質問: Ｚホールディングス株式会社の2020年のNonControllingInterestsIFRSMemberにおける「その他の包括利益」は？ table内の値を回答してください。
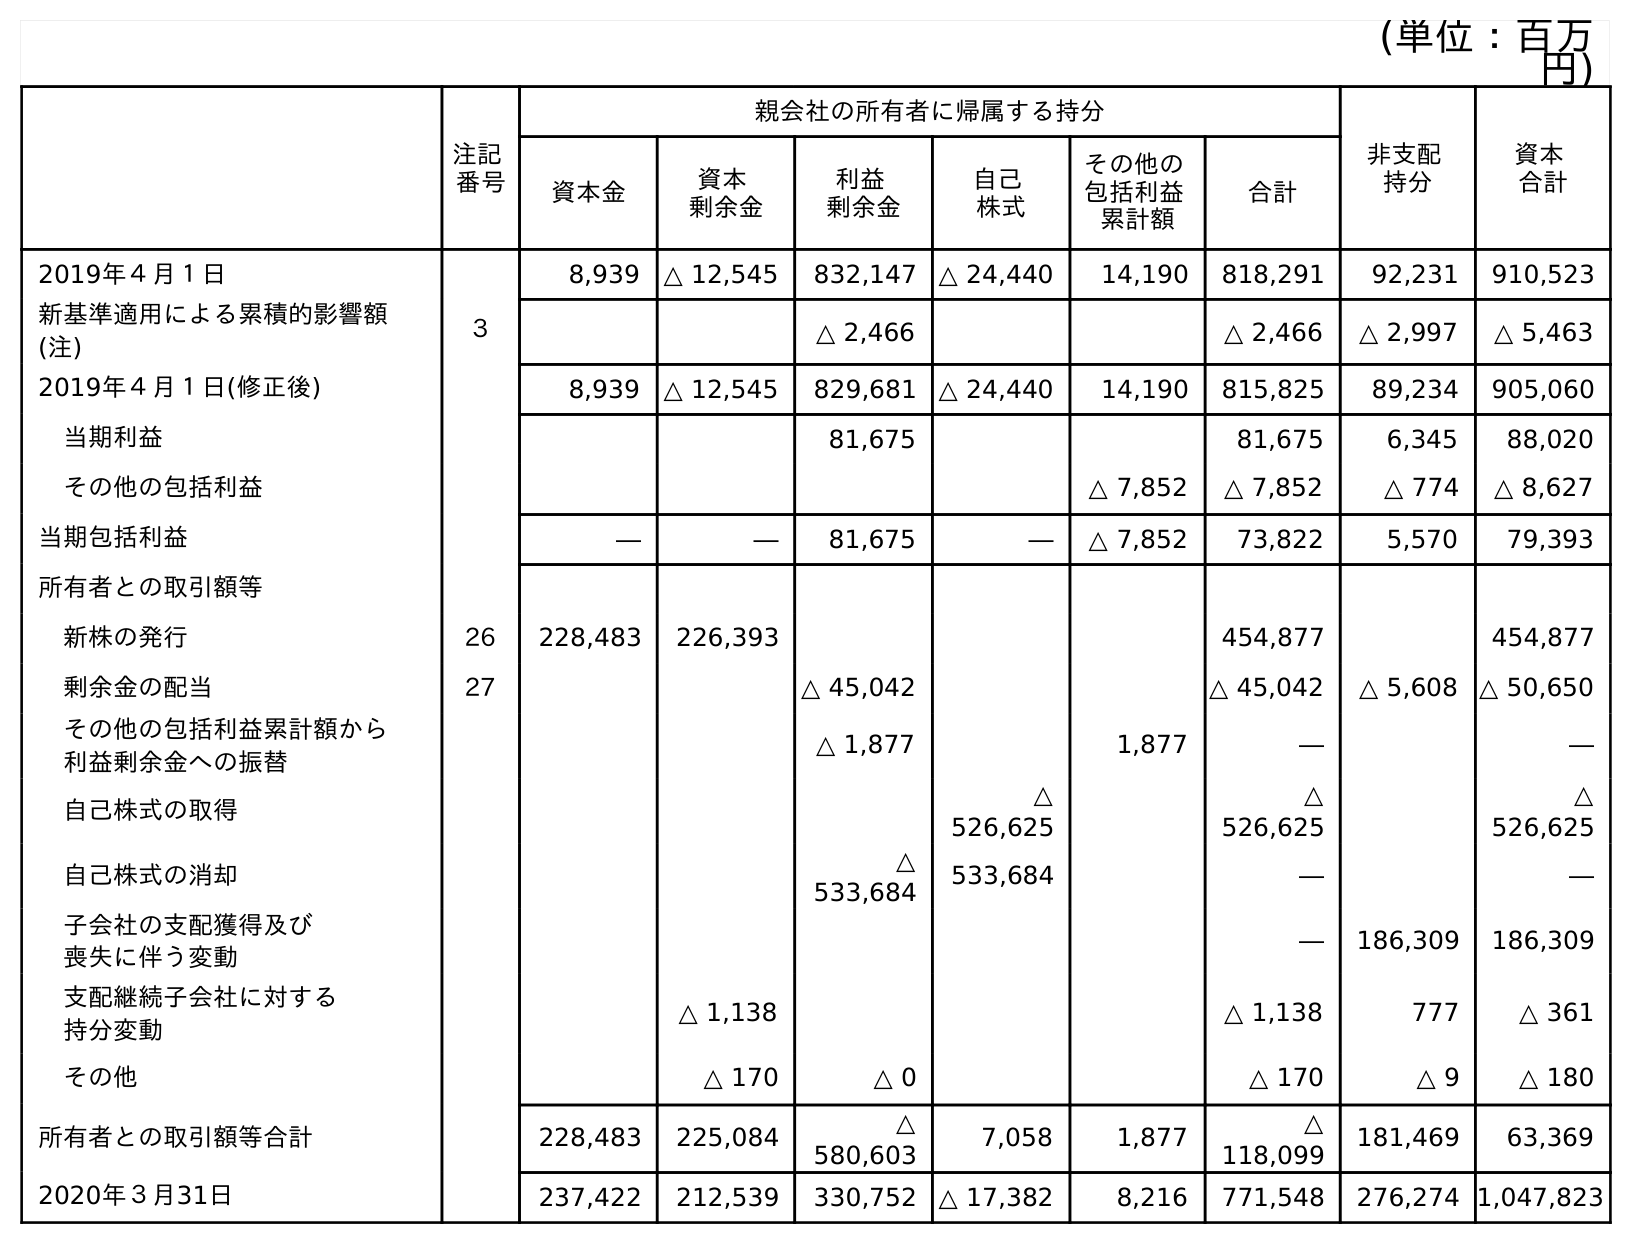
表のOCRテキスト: (単位：百万 円) 注記 番号 親会社の所有者に帰属する持分 非支配 持分 資本 合計 資本金 資本 剰余金 利益 剰余金 自己 株式 その他の 包括利益 累計額 合計 2019年４月１日 8,939 △ 12,545 832,147 △ 24,440 14,190 818,291 92,231 910,523 新基準適用による累積的影響額 (注) ３ △ 2,466 △ 2,466 △ 2,997 △ 5,463 2019年４月１日(修正後) 8,939 △ 12,545 829,681 △ 24,440 14,190 815,825 89,234 905,060 当期利益 81,675 81,675 6,345 88,020 その他の包括利益 △ 7,852 △ 7,852 △ 774 △ 8,627 当期包括利益 ― ― 81,675 ― △ 7,852 73,822 5,570 79,393 所有者との取引額等 新株の発行 26 228,483 226,393 454,877 454,877 剰余金の配当 27 △ 45,042 △ 45,042 △ 5,608 △ 50,650 その他の包括利益累計額から 利益剰余金への振替 △ 1,877 1,877 ― ― 自己株式の取得 △ 526,625 △ 526,625 △ 526,625 自己株式の消却 △ 533,684 533,684 ― ― 子会社の支配獲得及び 喪失に伴う変動 ― 186,309 186,309 支配継続子会社に対する 持分変動 △ 1,138 △ 1,138 777 △ 361 その他 △ 170 △ 0 △ 170 △ 9 △ 180 所有者との取引額等合計 228,483 225,084 △ 580,603 7,058 1,877 △ 118,099 181,469 63,369 2020年３月31日 237,422 212,539 330,752 △ 17,382 8,216 771,548 276,274 1,047,823
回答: △774